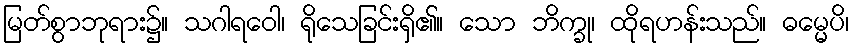
မြတ်စွာဘုရား၌။ သဂါရဝေါ၊ ရိုသေခြင်းရှိ၏။ သော ဘိက္ခု၊ ထိုရဟန်းသည်။ ဓမ္မေပိ၊